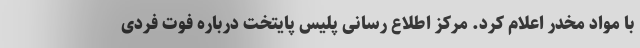
با مواد مخدر اعلام کرد. مرکز اطلاع رسانی پلیس پایتخت درباره فوت فردی